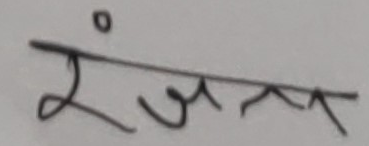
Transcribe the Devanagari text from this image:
रंजन